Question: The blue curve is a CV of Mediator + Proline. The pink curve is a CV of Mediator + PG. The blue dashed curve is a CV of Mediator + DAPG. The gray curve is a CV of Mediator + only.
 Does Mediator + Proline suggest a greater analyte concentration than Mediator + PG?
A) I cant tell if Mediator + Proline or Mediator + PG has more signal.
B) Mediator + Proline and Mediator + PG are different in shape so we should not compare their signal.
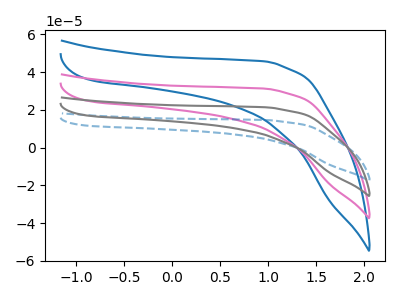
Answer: <think>The blue curve "Mediator + Proline" has no peaks. The pink curve "Mediator + PG" has no peaks. The blue dashed curve "Mediator + DAPG" has no peaks. The gray curve "Mediator + only" has no peaks.
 Neither "Mediator + Proline" or "Mediator + PG" have any peaks.</think>
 <answer>A) I cant tell if "Mediator + Proline" or "Mediator + PG" has more signal.</answer>
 <eval>A</eval>